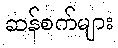
ဆန်စက်များ